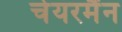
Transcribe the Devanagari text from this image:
चेयरमैंन